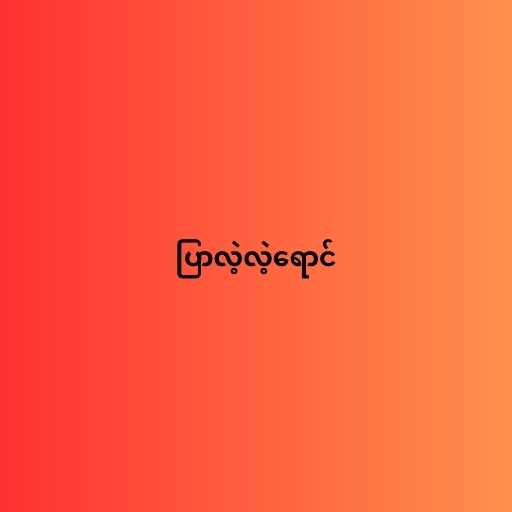
ပြာလဲ့လဲ့ရောင်